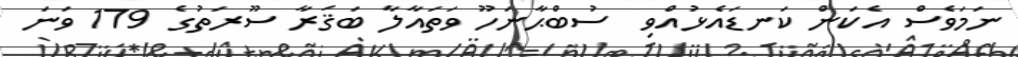
ނަމަވެސް އެކަން ކަނޑައެޅުއްވި  ސުބްޙާނަހޫ ވަތައާލާ ބަޤަރާ ސޫރަތުގެ 179 ވަނަ